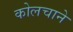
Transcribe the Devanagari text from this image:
कोलचाने